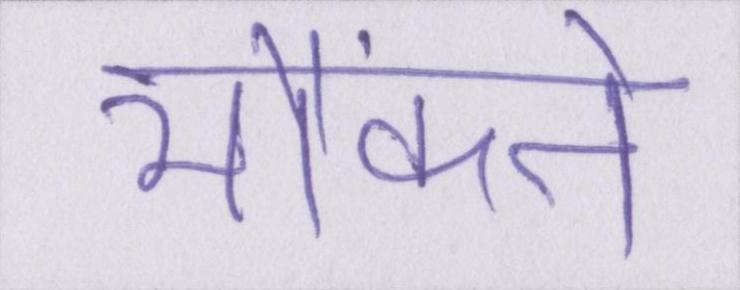
भौंकने